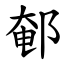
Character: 䣍